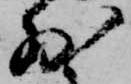
少